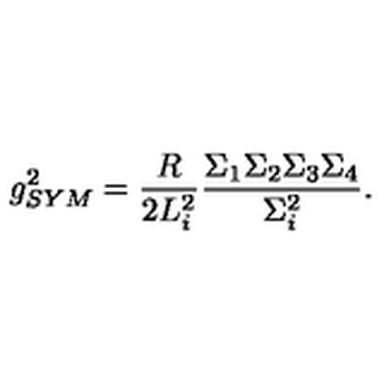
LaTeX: g _ { S Y M } ^ { 2 } = \frac { R } { 2 L _ { i } ^ { 2 } } \frac { \Sigma _ { 1 } \Sigma _ { 2 } \Sigma _ { 3 } \Sigma _ { 4 } } { \Sigma _ { i } ^ { 2 } } .